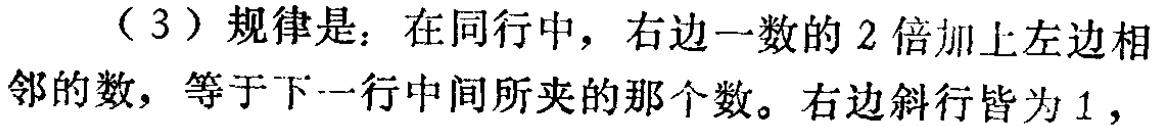
（3）规律是：在同行中，右边一数的 2 倍加上左边相邻的数，等于下一行中间所夹的那个数。右边斜行皆为 1，